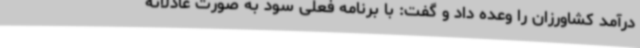
درآمد کشاورزان را وعده داد و گفت: با برنامه فعلی سود به صورت عادلانه